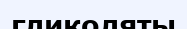
гликоляты